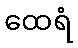
ထေရံ